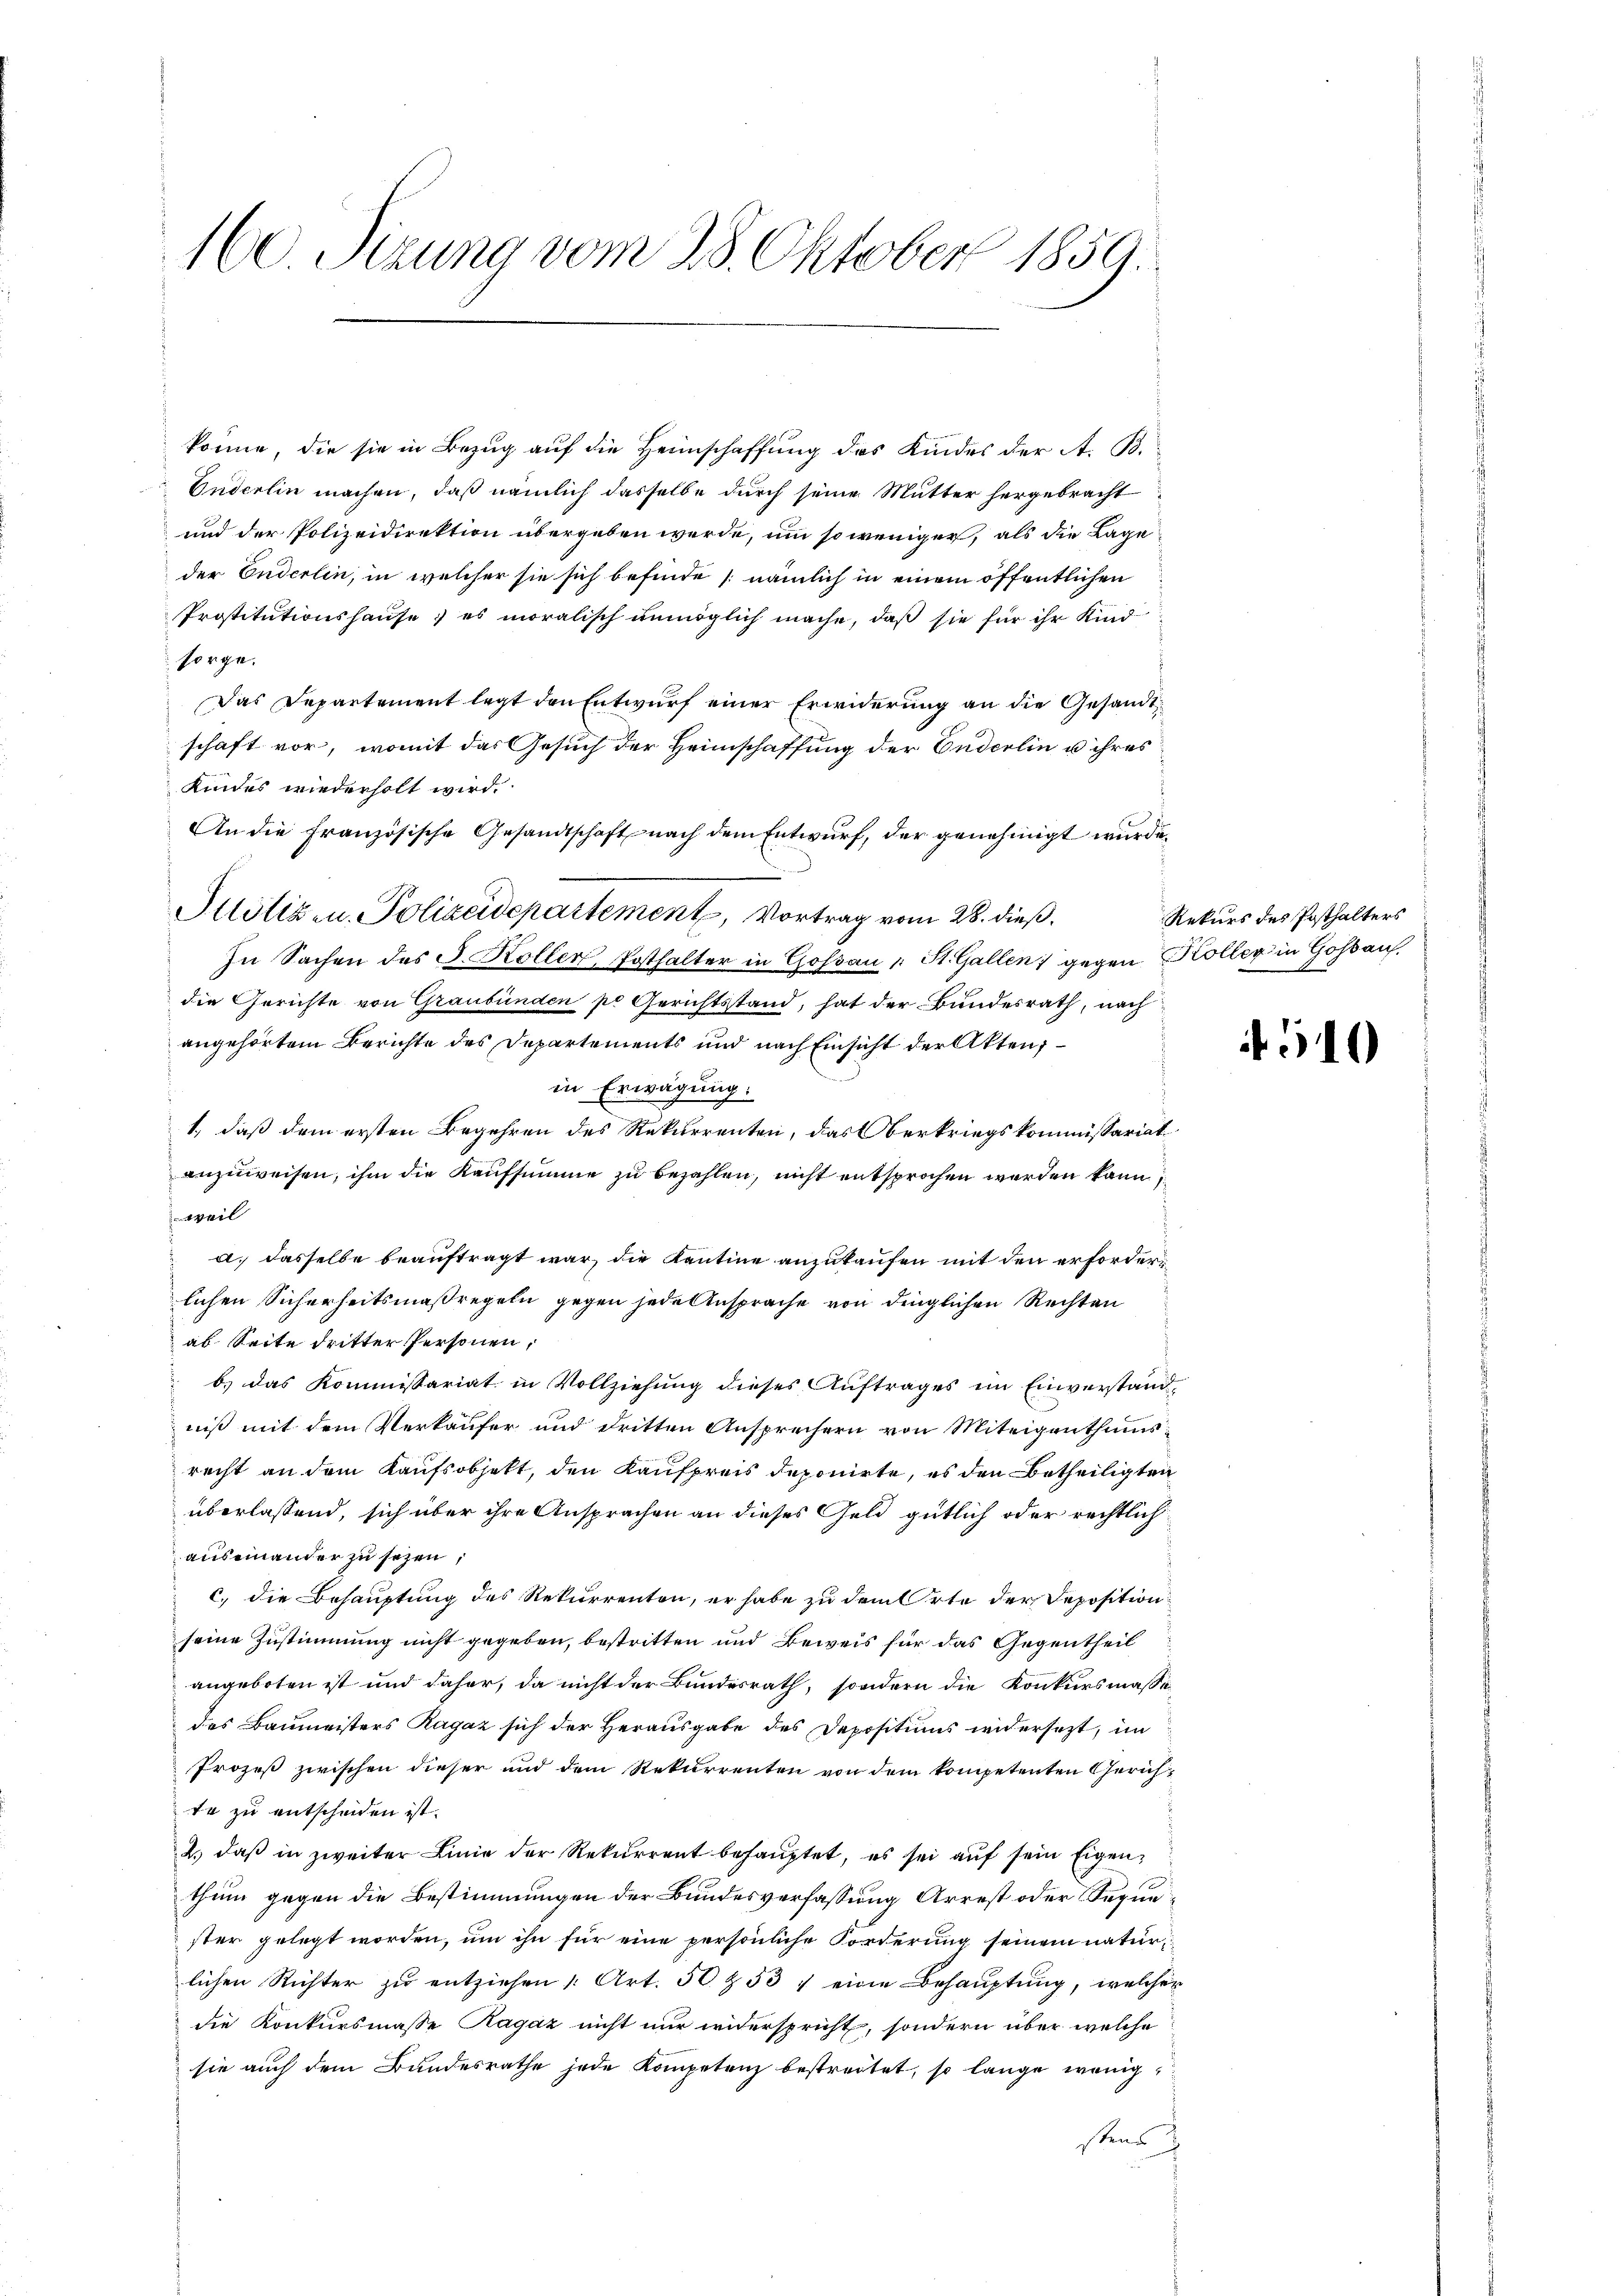
160 Sizung vom 28. Oktober 1859.

könne, die sie in Bezug auf die Heimschaffung des Kindes der A. B.
Enderlin machen, daß nämlich dasselbe durch seine Mutter hergebracht
und der Polizeidirektion übergeben werde, um so weniger, als die Lage
der Enderlin, in welcher sie sich befinde (nämlich in einem öffentlichen
Prostitutionshause; es moralisch unmöglich mache, daß sie für ihr Kindsorge.
Das Departement legt den Entwurf einer Erwiderung an die Gesandtschaft vor, womit das Gesuch der Heimschaffung der Enderlin u ihres
Kindes wiederholt wird.
An die Französische Gesandtschaft nach dem Entwurf, der genehmigt wurde,
Stötiz- u. Polizeidepartement, Vortrag vom 28. dieß.
In Sachen des J. Koller, Posthalter in Gossau (: St. Gallen gegen Koller in Gohbau
die Gerichte von Graubünden po Gerichtsstand, hat der Bundesrath, nach
angehörtem Berichte des Departements und nach Einsicht der Akten,
in Erwägung:
1., daß dem ersten Begehren des Rekurrenten, das Oberkriegskommissariat
anzuweisen, ihm die Kaufsumme zu bezahlen, nicht entsprochen werden kann,
weil
.
a. dasselbe beauftragt war, die Kantine anzukaufen mit den erforderlichen Sicherheitsmaßregeln gegen jede Ansprache von dinglichen Rechten
ab Seite dritter Personen,
 b.) das Kommissariat in Vollziehung dieses Auftrages im Einverstand-
niß mit dem Verkäufer und dritten Ansprechern von Miteigenthumsrecht an dem Kaufsobjekt, den Kaufpreis deponirte, es den Betheiligten
überlassend, sich über ihre Ansprachen an dieses Geld gütlich oder rechtlich
auseinander zu sezen,
c. die Behauptung des Rekurrenten, er habe zu dem Orte der Deposition
seine Zustimmung nicht gegeben, bestritten und Beweis für das Gegentheil
angeboten ist und daher, da nicht der Bundesrath, sondern die Konkursmasse
des Baumeisters Ragaz sich der Herausgabe des Depositiums widersezt, im
Prozeß zwischen dieser und dem Rekurrenten von dem kompetenten Gerichte zu entscheiden ist.
2. daβ in zweiter Linie der Rekurrent behauptet, es sei aŭf sein Eigenthum gegen die Bestimmungen der Bundesverfassung Arrest oder Sequester gelegt worden, um ihn für eine persönliche Forderung seinem natur
lichen Richter zu entziehen Art. 50 & 53 : eine Behauptung, welcher
die Konkursmasse Ragaz nicht nur widerspricht, sondern über welche
sie auch dem Bundesrathe jede Kompetenz bestreitet, so lange wenig
sten

Rekurs des Posthalters

510